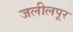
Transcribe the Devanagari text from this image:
जलीलपूर